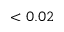
< 0 . 0 2